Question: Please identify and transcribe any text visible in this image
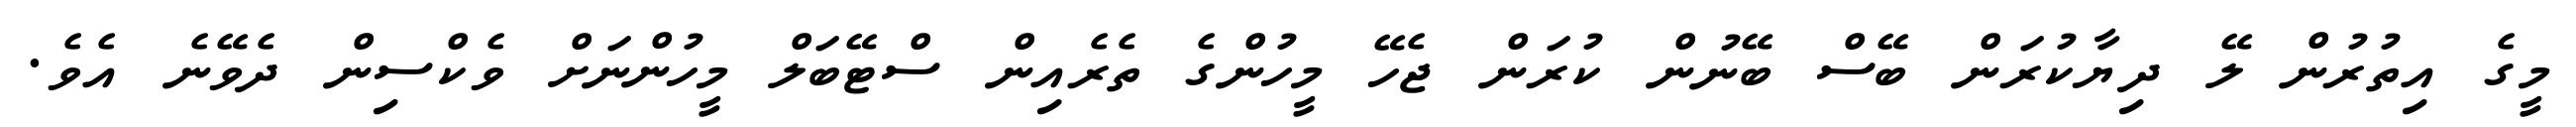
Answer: މީގެ އިތުރުން ލޭ ދިޔާކުރަން ބޭސް ބޭނުން ކުރަން ޖެހޭ މީހުންގެ ތެރެއިން ސްޓޭބަލް މީހުންނަށް ވެކްސިން ދެވޭނެ އެވެ.